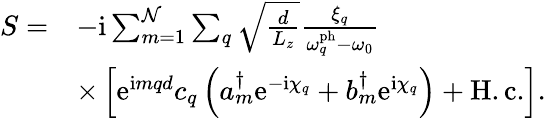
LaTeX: \begin{array}{rl}{S=}&{-\mathrm{i}\sum_{m=1}^{\mathcal{N}}\sum_{q}\sqrt{\frac{d}{L_{z}}}\frac{\xi_{q}}{\omega_{q}^{\mathrm{ph}}-\omega_{0}}}\\ &{\times\left[\mathrm{e}^{\mathrm{i}mqd}c_{q}^{\phantom{\dagger}}\left(a_{m}^{\dagger}\mathrm{e}^{-\mathrm{i}\chi_{q}}+b_{m}^{\dagger}\mathrm{e}^{\mathrm{i}\chi_{q}}\right)+\mathrm{H.c.}\right].}\end{array}